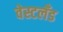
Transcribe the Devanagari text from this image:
वेस्टलँड